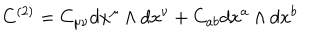
LaTeX: C ^ { ( 2 ) } = C _ { \mu \nu } d x ^ { \mu } \wedge d x ^ { \nu } + C _ { a b } d x ^ { a } \wedge d x ^ { b }